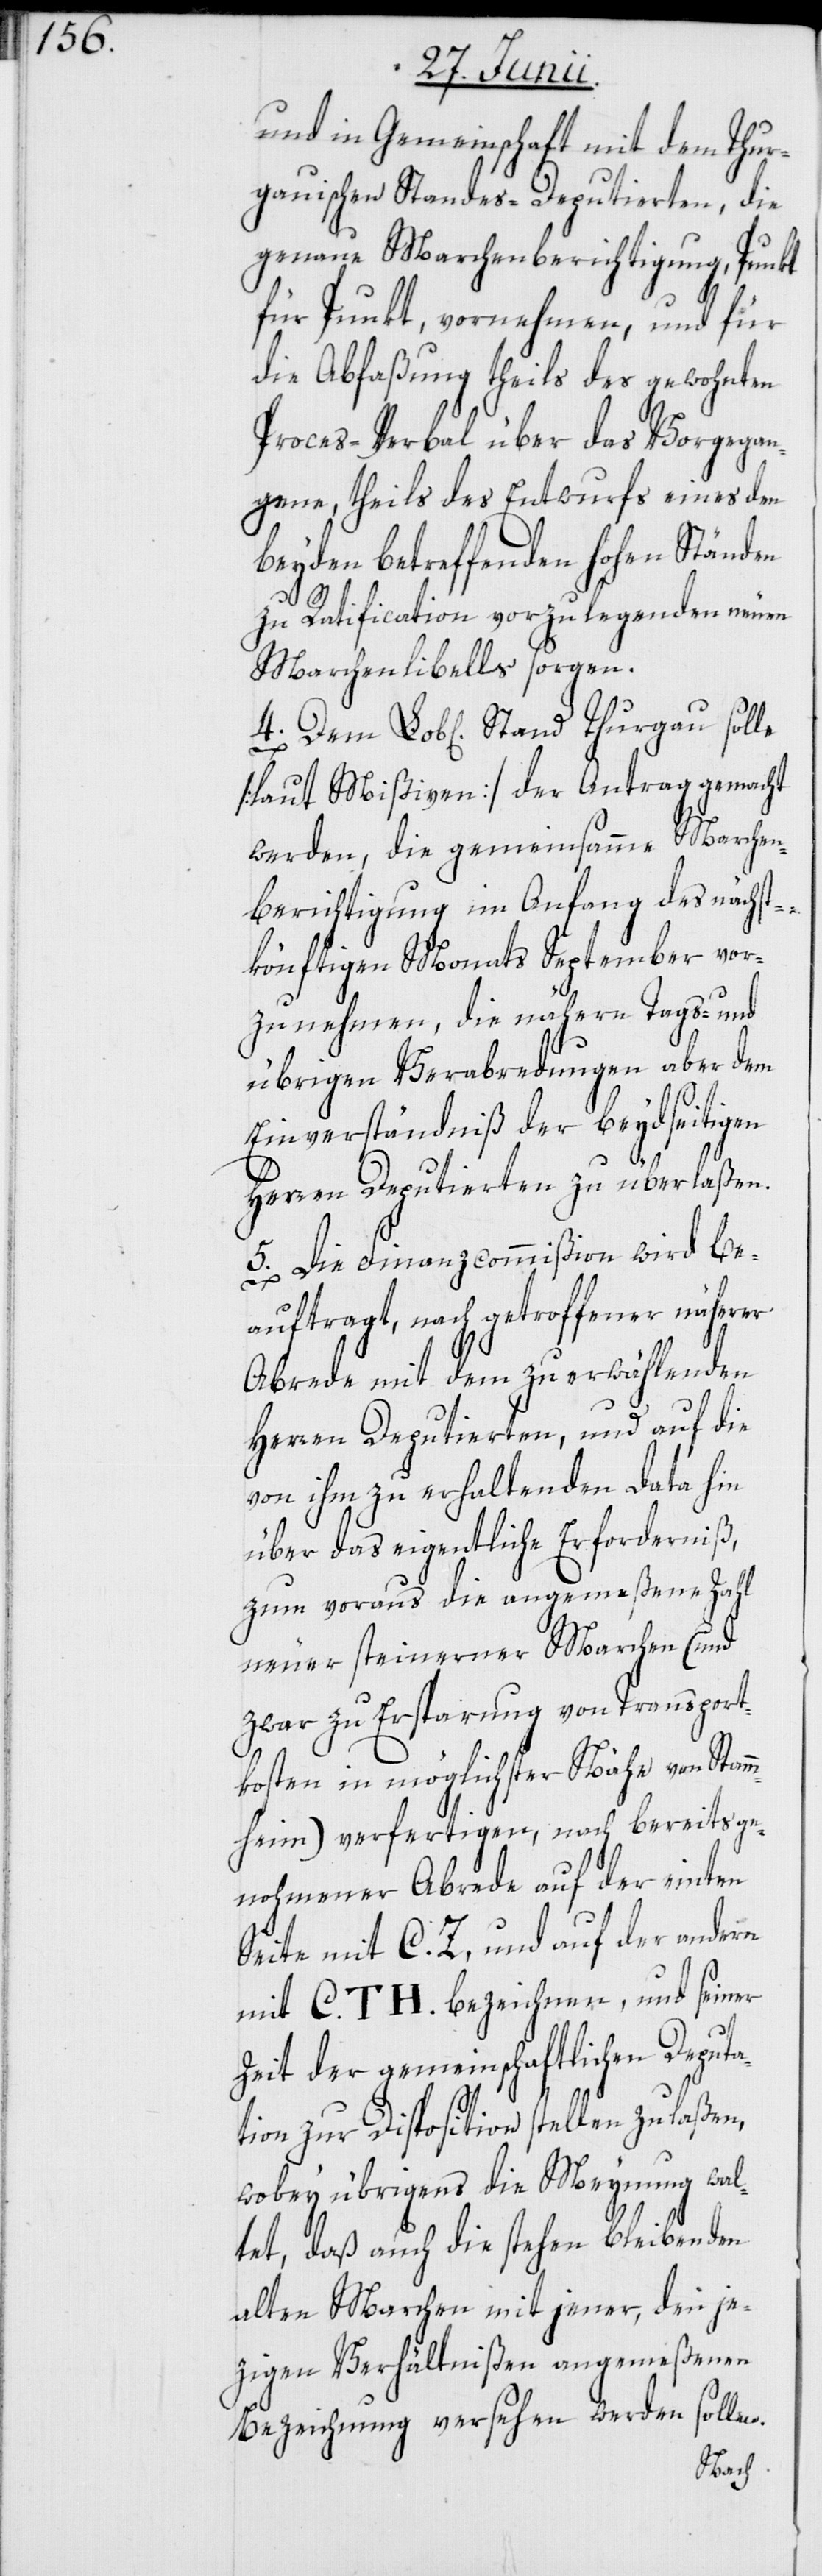
und in Gemeinschaft mit dem Thur¬
gauischen Standes-Deputierten, die
genaue Marchenberichtigung, Punkt
für Punkt, vornehmen, und für
die Abfaßung theils des gewohnten
Proces-Verbal über das Vorgegan¬
gene, theils des Entwurfs eines den
beyden betreffenden hohen Ständen
zu Ratification vorzulegenden neuen
Marchenlibells sorgen.
[laut Mißiven] der Antrag gemacht
werden, die gemeinsamme Marchen¬
berichtigung im Anfang des nächst¬
könftigen Monats September vor¬
zunehmen, die nähern Tags- und
übrigen Verabredungen aber dem
Einverständniß der beydseitigen
4.
Herren Deputierten zu überlaßen.
5. Die Finanzcommißion wird be¬
auftragt, nach getroffener näherer
Abrede mit dem zu erwählenden
Herren Deputierten, und auf die
von ihm zu erhaltenden Data hin
über das eigentliche Erforderniß,
zum voraus die angemeßene Zahl
zwar zu Ersparung von Transport¬
kosten in möglichster Nähe von Stam¬
mheim) verfertigen, nach bereits ge¬
nohmener Abrede auf der einten
Seite mit C. Z, und auf der andern
mit C. TH. bezeichnen, und seiner
Zeit der gemeinschaftlichen Deputa¬
tion zur Disposition stellen zu laßen,
wobey übrigens die Meynung wal¬
tet, daß auch die stehen bleibenden
alten Marchen mit jener, den je¬
zigen Verhältnißen angemeßenen
Bezeichnung versehen werden sollen.